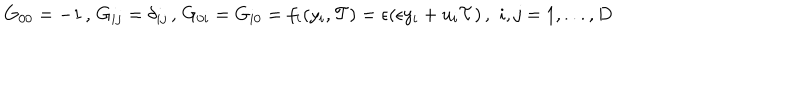
G _ { 0 0 } = - 1 \, , \, G _ { i j } = \delta _ { i j } \, , \, G _ { 0 i } = G _ { i 0 } = f _ { i } ( y _ { i } , { \cal T } ) = \epsilon ( \epsilon y _ { i } + u _ { i } { \cal T } ) \, , \, \, i , j = 1 , . . . , D